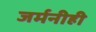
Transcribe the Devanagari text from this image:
जर्मनीही